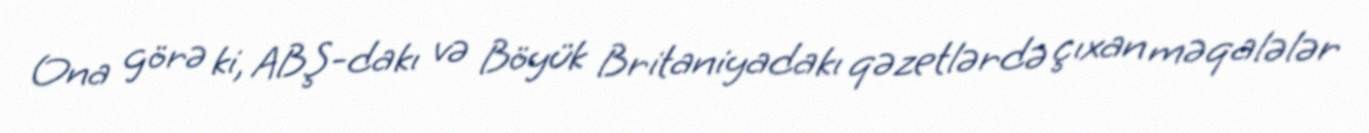
Ona görə ki, ABŞ-dakı və Böyük Britaniyadakı qəzetlərdə çıxan məqalələr